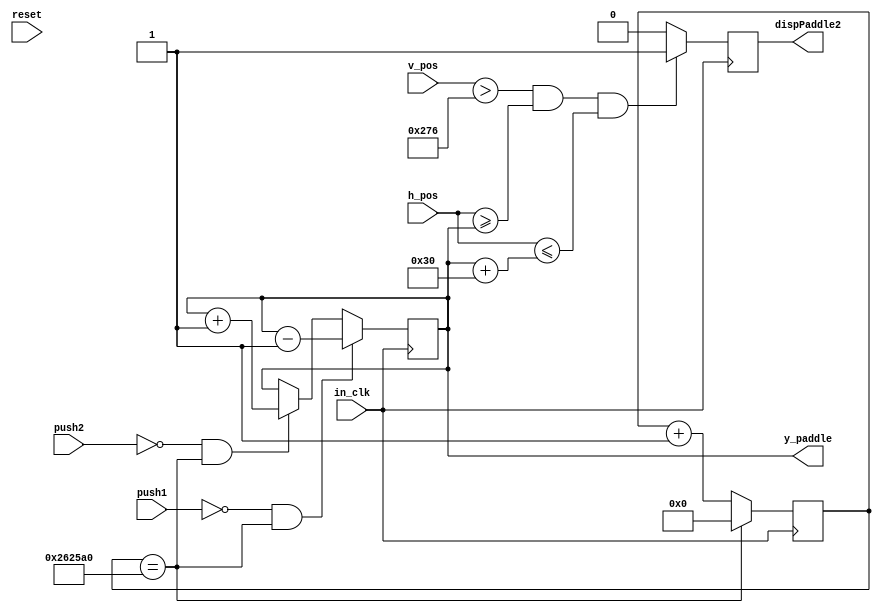
module paddle2_ctrl(in_clk,reset,push1,push2,y_paddle,dispPaddle2,h_pos,v_pos);
input push1,push2,reset,in_clk;
input [11:0]h_pos,v_pos;
output reg [8:0]y_paddle;
output reg dispPaddle2;

reg [21:0]count_clk = 0;
parameter paddleHeight = 48;
parameter paddleWidth = 10;
parameter screenWidth =640;
parameter screenHeight = 480;
parameter waitCycles = 2500000;

always @(posedge in_clk)
begin
	if(count_clk == waitCycles)
		count_clk <=0;
	else
		count_clk <= count_clk + 1;
end

always @(posedge in_clk)
begin
	if(!reset)
		y_paddle <= 240;		//centre of screen : 480/2
	if(push1 == 0 && count_clk == waitCycles)		// up
		y_paddle <= y_paddle-1;
	else if(push2 == 0 && count_clk == waitCycles)		// down
		y_paddle <= y_paddle+1;
	else
		y_paddle <= y_paddle;
end

always @(posedge in_clk)
begin
    if ((v_pos > screenWidth-paddleWidth) && (h_pos >= y_paddle) && h_pos <= y_paddle + paddleHeight)
      dispPaddle2 <= 1'b1;
    else
      dispPaddle2 <= 1'b0;
end

endmodule